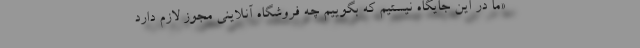
«ما در این جایگاه نیستیم که بگوییم چه فروشگاه آنلاینی مجوز لازم دارد